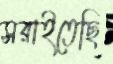
সরাইতেছি